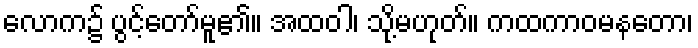
လောက၌ ပွင့်တော်မူ၏။ အထဝါ၊ သို့မဟုတ်။ ကထကာဝမနတော၊